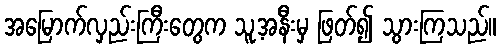
အမြောက်လှည်းကြီးတွေက သူ့အနီးမှ ဖြတ်၍ သွားကြသည်။